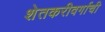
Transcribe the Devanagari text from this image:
शेतकरीवर्गाची